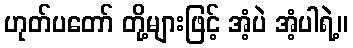
ဟုတ်ပတော် တို့များဖြင့် အံ့ပဲ အံ့ပါရဲ့။